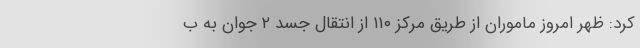
کرد: ظهر امروز ماموران از طریق مرکز ۱۱۰ از انتقال جسد ۲ جوان به ب